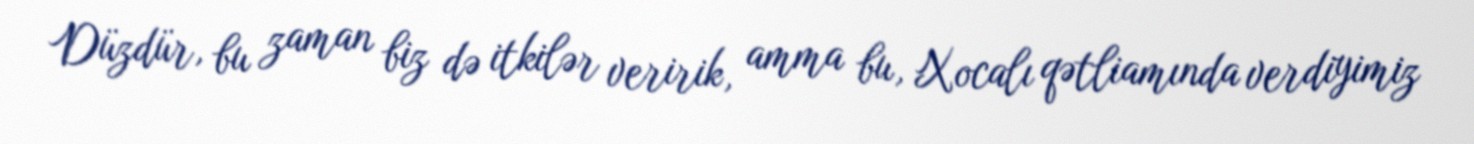
Düzdür, bu zaman biz də itkilər veririk, amma bu, Xocalı qətliamında verdiyimiz